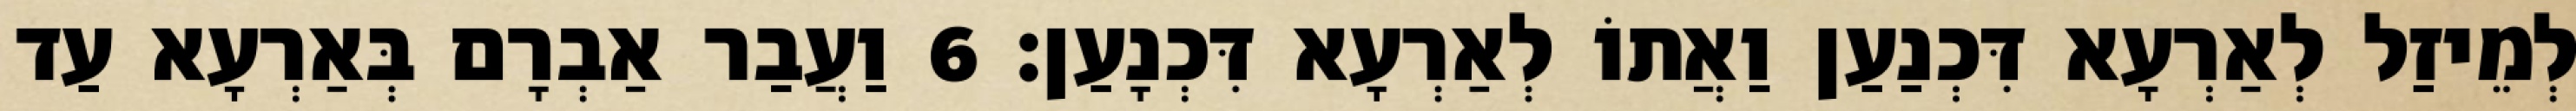
לְמֵיזַל לְאַרְעָא דִּכְנַעַן וַאֲתוֹ לְאַרְעָא דִּכְנָעַן׃ 6 וַעֲבַר אַבְרָם בְּאַרְעָא עַד